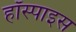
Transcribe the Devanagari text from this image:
हॉस्पाइस